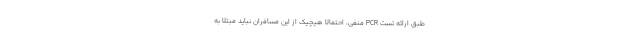
طبق ارائه تست PCR منفی، احتمالا هیچیک از این مسافران نباید مبتلا به